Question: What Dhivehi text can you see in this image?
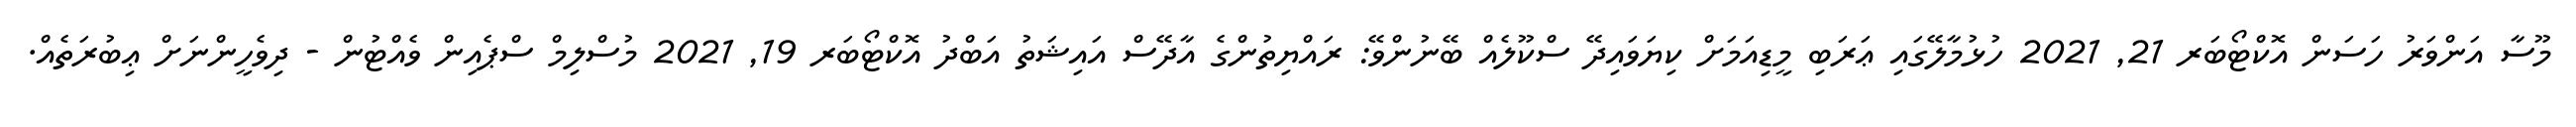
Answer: މޫސާ އަންވަރު ހަސަން އޮކްޓޯބަރ 21, 2021 ހުޅުމާލޭގައި ޢަރަބި މީޑިއަމަށް ކިޔަވައިދޭ ސްކޫލެއް ބޭނުންވޭ: ރައްޔިތުންގެ އާދޭސް އައިޝަތު އަބްދު އޮކްޓޯބަރ 19, 2021 މުސްލިމް ސްޕެއިން ވެއްޓުން - ދިވެހީންނަށް ޢިބުރަތެއް.